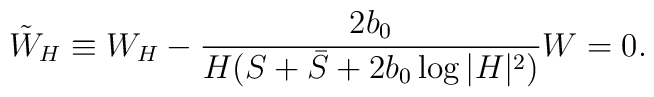
\tilde{W}_H \equiv W_H - \frac{2b_0}{H(S+\bar{S}+2b_0\log|H|^2)} W =0.